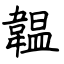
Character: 韞